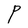
Character: P